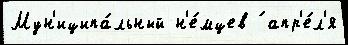
Мун'иципа́льный н'е́мцев ́ апр'е́л'я